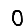
Digit: 0